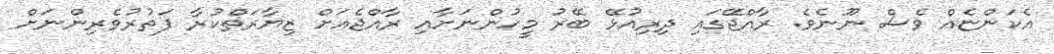
އެކަންޏެއް ވެސް ނޫނެވެ. ރާއްޖޭގައި ދިރިއުޅޭ ބޭރު މީހުންނަށާއި ރާއްޖެއަށް ޒިޔާރަތްކުރާ ފަތުރުވެރިންނަށް